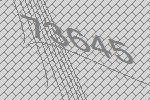
73645